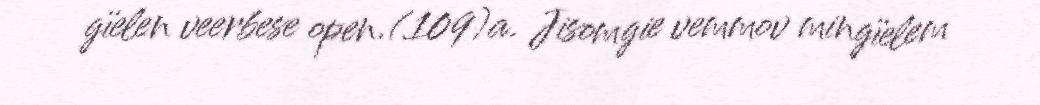
gïelen veerbese open.(109)a. Jisomgie vemmov mingïelem